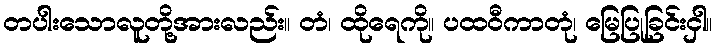
တပါးသောလူတို့အားလည်း။ တံ၊ ထိုရေကို။ ပထဝီကာတုံ၊ မြေပြုခြင်းငှါ။